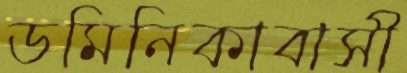
ডমিনিকাবাসী